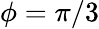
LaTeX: \phi=\pi/3